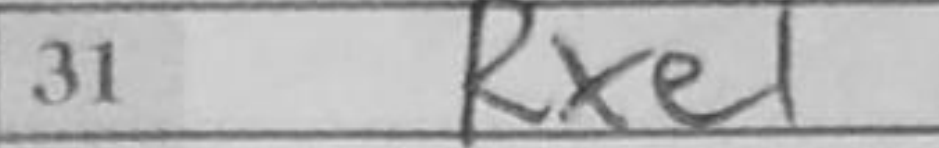
Transcription: Rxe1